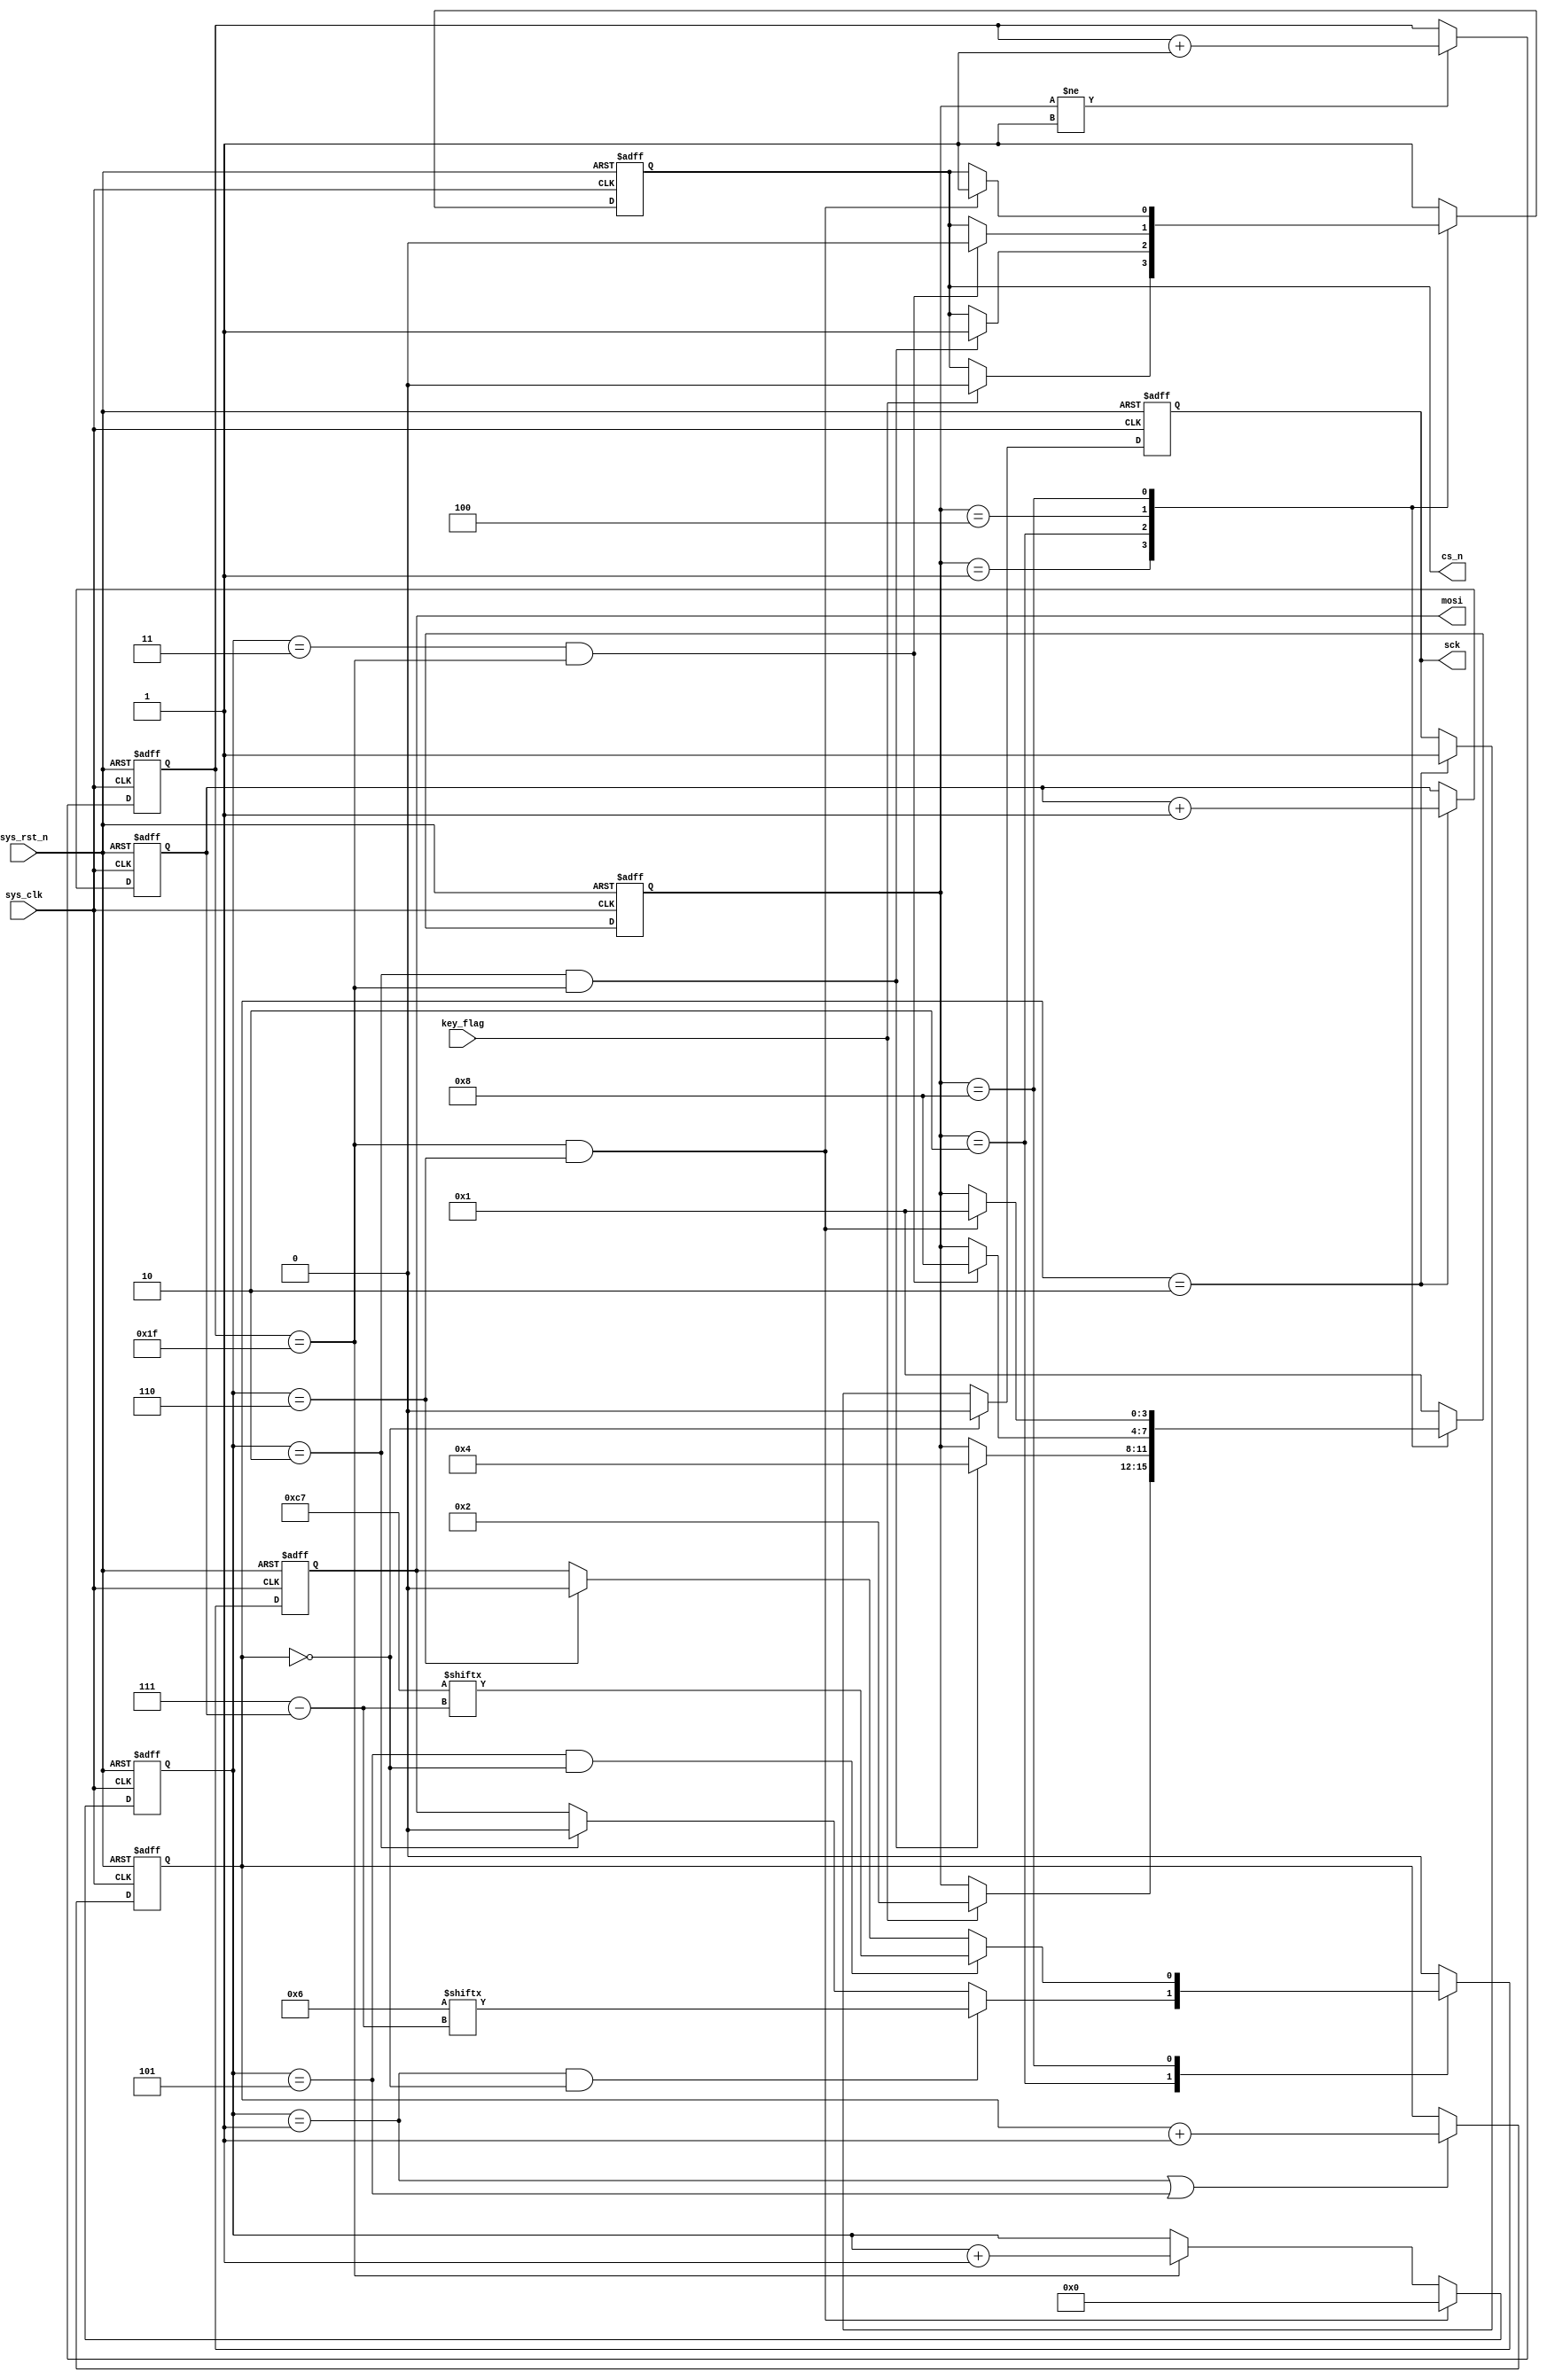
module  flash_be_ctrl
(
    input   wire            sys_clk     ,
    input   wire            sys_rst_n   ,
    input   wire            key_flag    ,
    
    output  reg             sck         ,
    output  reg             cs_n        ,
    output  reg             mosi        
);

parameter   IDLE    = 4'b0001,
            WR_EN   = 4'b0010,
            DELAY   = 4'b0100,
            BE      = 4'b1000;
            
parameter   WR_IN   = 8'b0000_0110,
            BE_IN   = 8'b1100_0111;

reg     [4:0]   cnt_clk ;
reg     [3:0]   state   ;
reg     [3:0]   cnt_byte;
reg     [1:0]   cnt_sck ;
reg     [2:0]   cnt_bit;

always@(posedge sys_clk or negedge sys_rst_n)
    if(sys_rst_n == 1'b0)
        cnt_clk <= 5'd0;
    else if(state != IDLE)
        cnt_clk <= cnt_clk + 1'b1;

always@(posedge sys_clk or negedge sys_rst_n)
    if(sys_rst_n == 1'b0)
        cnt_byte <= 4'd0;
    else if(cnt_clk == 5'd31 && cnt_byte == 4'd6)
        cnt_byte <= 4'd0;
    else if(cnt_clk == 5'd31)
        cnt_byte <= cnt_byte + 1'b1;

always@(posedge sys_clk or negedge sys_rst_n)
    if(sys_rst_n == 1'b0)
        cnt_sck <= 2'd0;
    else if(cnt_byte == 4'd1 || cnt_byte == 4'd5)
        cnt_sck <= cnt_sck + 1'b1;

always@(posedge sys_clk or negedge sys_rst_n)
    if(sys_rst_n == 1'b0)
        cnt_bit <= 3'd0;
    else if(cnt_sck == 2'd2)
        cnt_bit <= cnt_bit + 1'b1;

always@(posedge sys_clk or negedge sys_rst_n)
    if(sys_rst_n == 1'b0)
        state <= IDLE;
    else
        case(state)
            IDLE  : 
                    if(key_flag == 1'b1)
                        state <= WR_EN;
            WR_EN : 
                    if(cnt_byte == 4'd2 && cnt_clk == 5'd31)
                        state <= DELAY;
            DELAY : 
                    if(cnt_byte == 4'd3 && cnt_clk == 5'd31)
                        state <= BE;
            BE    : 
                   if(cnt_byte == 4'd6 && cnt_clk == 5'd31)
                        state <= IDLE;
            default: state <= IDLE;
        endcase

always@(posedge sys_clk or negedge sys_rst_n)
    if(sys_rst_n == 1'b0)
        cs_n <= 1'b1;
    else
        case(state)
            IDLE  :
                    if(key_flag == 1'b1)
                        cs_n <= 1'b0;
            WR_EN :
                    if(cnt_byte == 4'd2 && cnt_clk == 5'd31)
                        cs_n <= 1'b1;
            DELAY :
                    if(cnt_byte == 4'd3 && cnt_clk == 5'd31)
                        cs_n <= 1'b0;
            BE    :
                    if(cnt_byte == 4'd6 && cnt_clk == 5'd31)
                        cs_n <= 1'b1;
            default: cs_n <= 1'b1;
        endcase

always@(posedge sys_clk or negedge sys_rst_n)
    if(sys_rst_n == 1'b0)
        mosi <= 1'b0;
    else 
        case(state)
            IDLE  :
                        mosi <= 1'b0;
            WR_EN :
                    if(cnt_byte == 4'd1 && cnt_sck == 2'd0)
                        mosi <= WR_IN[7 - cnt_bit];
                    else if(cnt_byte == 4'd2)
                        mosi <= 1'b0;
            DELAY :
                        mosi <= 1'b0;
            BE    :
                    if(cnt_byte == 4'd5 && cnt_sck == 2'd0)
                        mosi <= BE_IN[7 - cnt_bit];
                    else if(cnt_byte == 4'd6)
                        mosi <= 1'b0;
            default: mosi <= 1'b0;
        endcase

always@(posedge sys_clk or negedge sys_rst_n)
    if(sys_rst_n == 1'b0)
        sck <= 1'b0;
    else if(cnt_sck == 2'd0)
        sck <= 1'b0;
    else if(cnt_sck == 2'd2)
        sck <= 1'b1;
        
endmodule